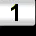
Digit: 1